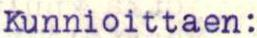
Kunnioittaen: